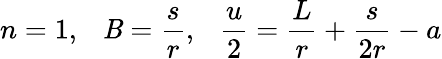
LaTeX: n=1,~~~\mathit{B}={\frac{{s}}{{r}}},~~~{\frac{{u}}{{2}}}={\frac{{L}}{{r}}}+{\frac{{s}}{{2r}}}-a